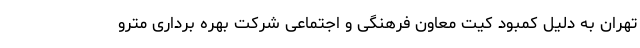
تهران به دلیل کمبود کیت معاون فرهنگی و اجتماعی شرکت بهره برداری مترو